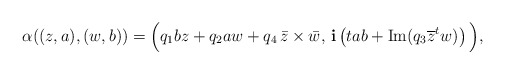
\begin{align*}\alpha((z,a),(w,b))=\Big( q_{1}bz+q_{2}aw+q_{4}\,\bar z\times \bar w ,\, \mathbf{i} \left(tab+\mathrm{Im}(q_{3}\overline{z}^tw)\right)\Big),\end{align*}